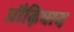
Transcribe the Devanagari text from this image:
प्रौढ़िवाद